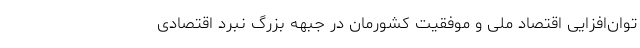
توان‌افزایی اقتصاد ملی و موفقیت کشورمان در جبهه بزرگ نبرد اقتصادی